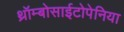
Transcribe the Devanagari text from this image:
थ्रॉम्बोसाईटोपेनिया